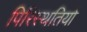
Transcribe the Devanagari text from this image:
पिरिस्थतियों